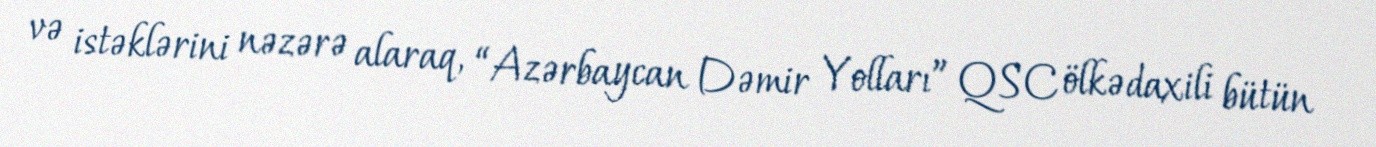
və istəklərini nəzərə alaraq, “Azərbaycan Dəmir Yolları” QSC ölkədaxili bütün